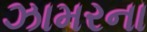
ઝામરના